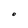
Character: O